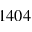
1 4 0 4